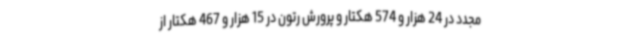
مجدد در 24 هزار و 574 هکتار و پرورش رتون در 15 هزار و 467 هکتار از